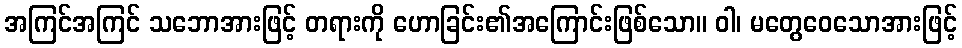
အကြင်အကြင် သဘောအားဖြင့် တရားကို ဟောခြင်း၏အကြောင်းဖြစ်သော။ ဝါ၊ မတွေဝေသောအားဖြင့်